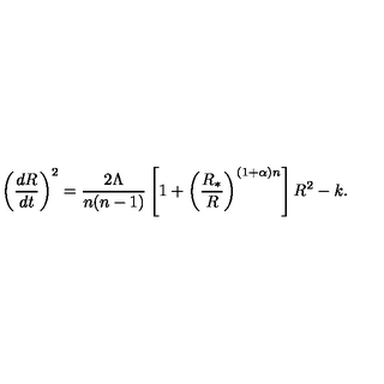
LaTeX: \left( { \frac { d R } { d t } } \right) ^ { 2 } = { \frac { 2 \Lambda } { n ( n - 1 ) } } \left[ 1 + \left( { \frac { R _ { * } } { R } } \right) ^ { ( 1 + \alpha ) n } \right] R ^ { 2 } - k .